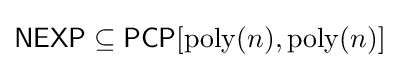
{\mathsf {NEXP}}\subseteq {\mathsf {PCP}}[\operatorname {poly} (n),\operatorname {poly} (n)]